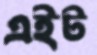
এইট